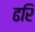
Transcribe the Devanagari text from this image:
ढरि